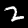
Digit: 2